Reports on military cantonments and civil stations in the Presidency of Bombay inspected by the Sanitary Commissioner in the years 1875 and 1876
Year: 1875
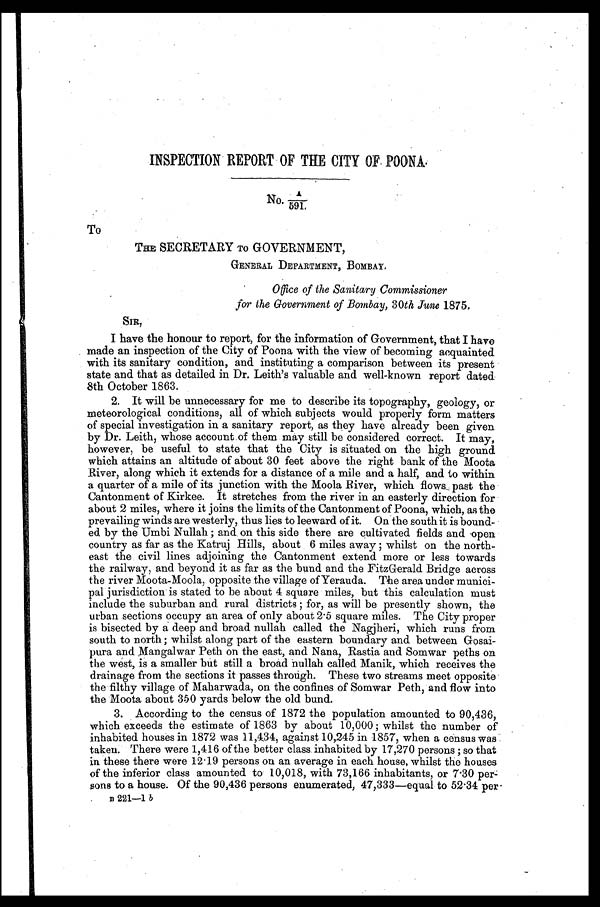
INSPECTION REPORT OF THE CITY OF POONA.
No. A/591.
To
THE SECRETARY TO GOVERNMENT,
GENERAL DEPARTMENT, BOMBAY.
Office of the Sanitary Commissioner
for the Government of Bombay, 30th June 1875.
SIR,
I have the honour to report, for the information of Government, that I have
made an inspection of the City of Poona with the view of becoming acquainted
with its sanitary condition, and instituting a comparison between its present
state and that as detailed in Dr. Leith's valuable and well-known report dated
8th October 1863.
2. It will be unnecessary for me to describe its topography, geology, or
meteorological conditions, all of which subjects would properly form matters
of special investigation in a sanitary report, as they have already been given
by Dr. Leith, whose account of them may still be considered correct. It may,
however, be useful to state that the City is situated on the high ground
which attains an altitude of about 30 feet above the right bank of the Moota
River, along which it extends for a distance of a mile and a half, and to within
a quarter of a mile of its junction with the Moola River, which flows past the
Cantonment of Kirkee. It stretches from the river in an easterly direction for
about 2 miles, where it joins the limits of the Cantonment of Poona, which, as the
prevailing winds are westerly, thus lies to leeward of it. On the south it is bound
-ed by the Umbi Nullah; and on this side there are cultivated fields and open
country as far as the Katruj Hills, about 6 miles away; whilst on the north
-east the civil lines adjoining the Cantonment extend more or less towards
the railway, and beyond it as far as the bund and the FitzGerald Bridge across
the river Moota-Moola, opposite the village of Yerauda. The area under munici
-pal jurisdiction is stated to be about 4 square miles, but this calculation must
include the suburban and rural districts; for, as will be presently shown, the
urban sections occupy an area of only about 2.5 square miles. The City proper
is bisected by a deep and broad nullah called the Nagjheri, which runs from
south to north; whilst along part of the eastern boundary and between Gosai
-pura and Mangalwar Peth on the east, and Nana, Rastia and Somwar peths on
the west, is a smaller but still a broad nullah called Manik, which receives the
drainage from the sections it passes through. These two streams meet opposite
the filthy village of Maharwada, on the confines of Somwar Peth, and flow into
the Moota about 350 yards below the old bund.
3. According to the census of 1872 the population amounted to 90,436,
which exceeds the estimate of 1863 by about 10,000; whilst the number of
inhabited houses in 1872 was 11,434, against 10,245 in 1857, when a census was
taken. There were 1,416 of the better class inhabited by 17,270 persons; so that
in these there were 12.19 persons on an average in each house, whilst the houses
of the inferior class amounted to 10,018, with 73,166 inhabitants, or 7.30 per
-sons to a house. Of the 90,436 persons enumerated, 47,333—equal to 52.34 per
B
221-1 b